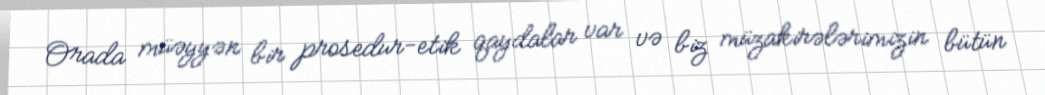
Orada müəyyən bir prosedur-etik qaydalar var və biz müzakirələrimizin bütün